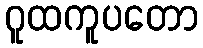
ဂူထကူပတော